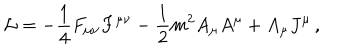
LaTeX: { \cal L } = - \frac { 1 } { 4 } F _ { \mu \nu } F ^ { \mu \nu } - \frac { 1 } { 2 } m ^ { 2 } A _ { \mu } A ^ { \mu } + A _ { \mu } J ^ { \mu } \, ,